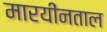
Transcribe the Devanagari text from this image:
मारयीनताल